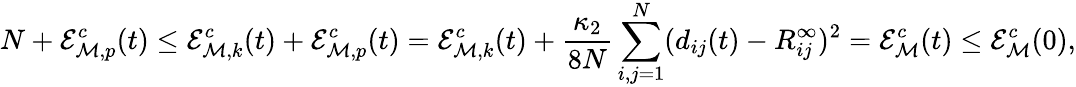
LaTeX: N+\mathcal{E}_{{\mathcal M},p}^{c}(t)\leq\mathcal{E}_{{\mathcal M},k}^{c}(t)+\mathcal{E}_{{\mathcal M},p}^{c}(t)=\mathcal{E}_{{\mathcal M},k}^{c}(t)+\frac{\kappa_{2}}{8N}\sum_{i,j=1}^{N}(d_{ij}(t)-R_{ij}^{\infty})^{2}={\mathcal E}_{\mathcal M}^{c}(t)\leq\mathcal{E}_{{\mathcal M}}^{c}(0),